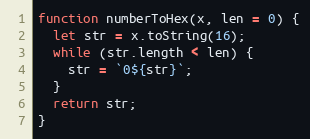
Language: JavaScript
function numberToHex(x, len = 0) {
  let str = x.toString(16);
  while (str.length < len) {
    str = `0${str}`;
  }
  return str;
}